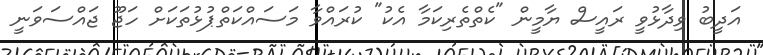
އަދީބު ވިދާޅުވީ ރައީސް ޔާމީން "ކެތްތެރިކަމާ އެކު" ކުރައްވާ މަސައްކަތްޕުޅުތަކަށް ހަޖޫ ޖައްސަވަނީ